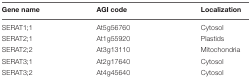
<table><thead><tr><td><b>Gene name</b></td><td><b>AGI code</b></td><td><b>Localization</b></td></tr></thead><tbody><tr><td>SERAT1;1</td><td>At5g56760</td><td>Cytosol</td></tr><tr><td>SERAT2;1</td><td>At1g55920</td><td>Plastids</td></tr><tr><td>SERAT2;2</td><td>At3g13110</td><td>Mitochondria</td></tr><tr><td>SERAT3;1</td><td>At2g17640</td><td>Cytosol</td></tr><tr><td>SERAT3;2</td><td>At4g45640</td><td>Cytosol</td></tr></tbody></table>